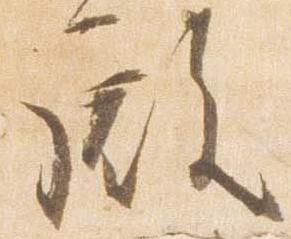
殿